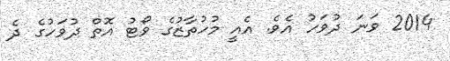
2014 ވަނަ ދުވަހު އެވެ. އެއީ މުހުތާޒުގެ ވޯޓު އޮތް ދުވަހުގެ ދެ